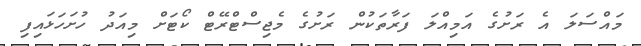
މައްސަލަ އެ ރަށުގެ އަމިއްލަ ފަރާތަކުން ރަށުގެ މެޖިސްޓްރޭޓް ކޯޓަށް މިއަދު ހުށަހަޅައިފި